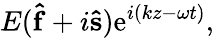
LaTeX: E(\mathbf{\hat{f}}+i\mathbf{\hat{s}})\mathrm{e}^{i(kz-\omega t)},